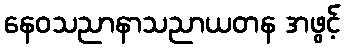
နေဝသညာနာသညာယတန အဖွင့်